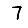
Digit: 7